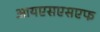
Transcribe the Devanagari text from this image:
आयएसएसएफ